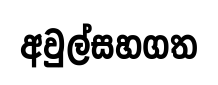
අවුල්සහගත